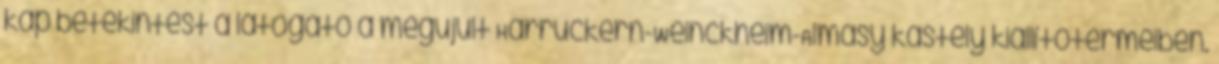
kap betekintést a látogató a megújult Harruckern-Weinckheim-Almásy kastély kiállítótermeiben.